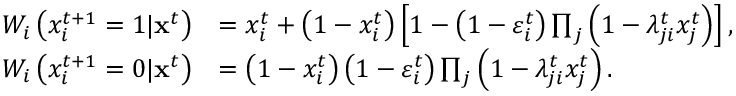
\begin{array} { r l } { W _ { i } \left( x _ { i } ^ { t + 1 } = 1 | { \bf x } ^ { t } \right) } & { = x _ { i } ^ { t } + \left( 1 - x _ { i } ^ { t } \right) \left[ 1 - \left( 1 - \varepsilon _ { i } ^ { t } \right) \prod _ { j } \left( 1 - \lambda _ { j i } ^ { t } x _ { j } ^ { t } \right) \right] , } \\ { W _ { i } \left( x _ { i } ^ { t + 1 } = 0 | { \bf x } ^ { t } \right) } & { = \left( 1 - x _ { i } ^ { t } \right) \left( 1 - \varepsilon _ { i } ^ { t } \right) \prod _ { j } \left( 1 - \lambda _ { j i } ^ { t } x _ { j } ^ { t } \right) . } \end{array}